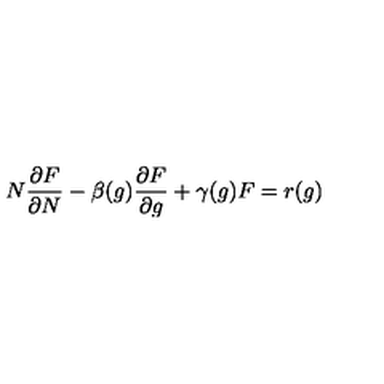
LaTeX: N { \frac { \partial F } { \partial N } } - \beta ( g ) { \frac { \partial F } { \partial g } } + \gamma ( g ) F = r ( g )